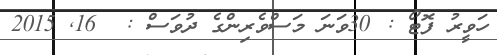
ހަވީރު ފޮޓޯ : 30ވަނަ މަސްވެރިންގެ ދުވަސް :  16